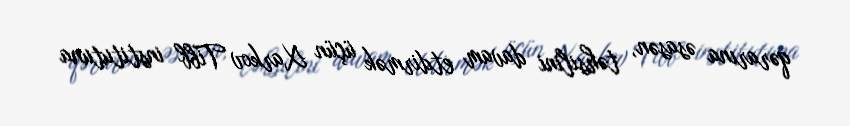
qərarına əsasən, təhsilini davam etdirmək üçün Xarkov Tibb institutuna